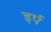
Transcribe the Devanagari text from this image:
इर्प